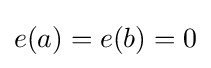
e(a)=e(b)=0